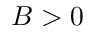
B > 0